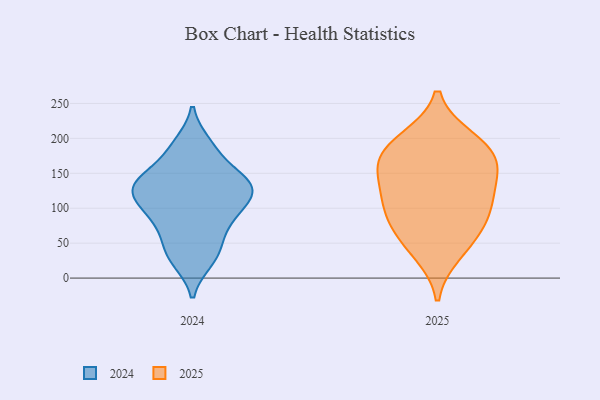
{"axis": {"x": "Latency (ms)", "y": "Value"}, "legend": ["2024", "2025"], "data": [{"x": "", "y": 126, "type": "2025"}, {"x": "", "y": 53, "type": "2025"}, {"x": "", "y": 155, "type": "2025"}, {"x": "", "y": 196, "type": "2025"}, {"x": "", "y": 82, "type": "2025"}, {"x": "", "y": 114, "type": "2025"}, {"x": "", "y": 174, "type": "2025"}, {"x": "", "y": 105, "type": "2025"}, {"x": "", "y": 36, "type": "2025"}, {"x": "", "y": 81, "type": "2025"}, {"x": "", "y": 199, "type": "2025"}, {"x": "", "y": 156, "type": "2025"}, {"x": "", "y": 173, "type": "2025"}, {"x": "", "y": 129, "type": "2024"}, {"x": "", "y": 24, "type": "2024"}, {"x": "", "y": 93, "type": "2024"}, {"x": "", "y": 123, "type": "2024"}, {"x": "", "y": 189, "type": "2024"}, {"x": "", "y": 124, "type": "2024"}, {"x": "", "y": 48, "type": "2024"}, {"x": "", "y": 167, "type": "2024"}, {"x": "", "y": 193, "type": "2024"}, {"x": "", "y": 140, "type": "2024"}, {"x": "", "y": 113, "type": "2024"}, {"x": "", "y": 141, "type": "2024"}, {"x": "", "y": 132, "type": "2024"}, {"x": "", "y": 80, "type": "2024"}, {"x": "", "y": 100, "type": "2024"}, {"x": "", "y": 26, "type": "2024"}, {"x": "", "y": 51, "type": "2024"}, {"x": "", "y": 142, "type": "2024"}, {"x": "", "y": 85, "type": "2024"}]}